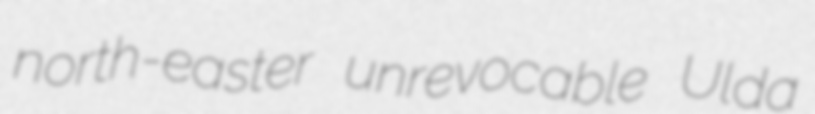
north-easter unrevocable Ulda